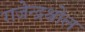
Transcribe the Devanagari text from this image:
राजेन्द्रश्चोल